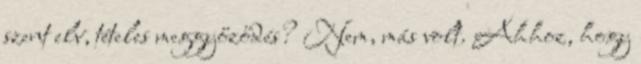
szent elv, tételes meggyőződés? Nem, más volt. Ahhoz, hogy